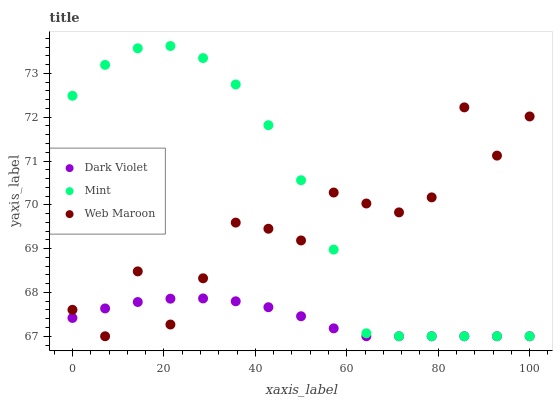
| xaxis_label | Dark Violet | Mint | Web Maroon |
 | --- | --- | --- | --- |
 | 0 | 67.4 | 72.5 | 67.6 |
 | 7.14 | 67.6 | 73.2 | 67 |
 | 14.3 | 67.8 | 73.6 | 68.5 |
 | 21.4 | 67.9 | 73.6 | 67.3 |
 | 28.6 | 67.9 | 73.3 | 68.3 |
 | 35.7 | 67.8 | 72.7 | 69.6 |
 | 42.9 | 67.7 | 71.8 | 69.5 |
 | 50 | 67.5 | 70.6 | 69.2 |
 | 57.1 | 67.2 | 69 | 70.3 |
 | 64.3 | 67 | 67.1 | 70 |
 | 71.4 | 67 | 67 | 69.8 |
 | 78.6 | 67 | 67 | 70.2 |
 | 85.7 | 67 | 67 | 72.2 |
 | 92.9 | 67 | 67 | 71.1 |
 | 100 | 67 | 67 | 72 |